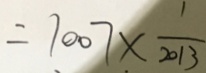
= 1 0 0 7 \times \frac { 1 } { 2 0 1 3 }